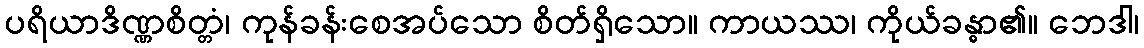
ပရိယာဒိဏ္ဏစိတ္တံ၊ ကုန်ခန်းစေအပ်သော စိတ်ရှိသော။ ကာယဿ၊ ကိုယ်ခန္ဓာ၏။ ဘေဒါ၊